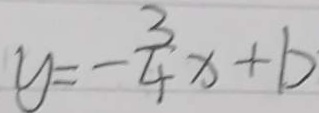
y = - \frac { 3 } { 4 } x + b